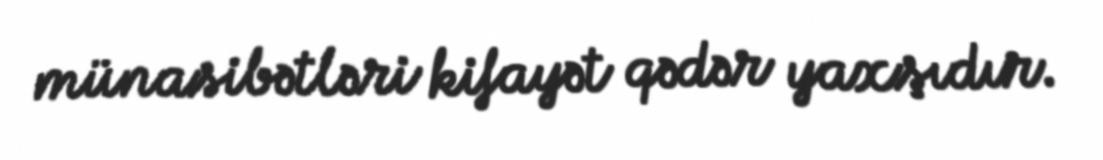
münasibətləri kifayət qədər yaxşıdır.